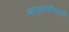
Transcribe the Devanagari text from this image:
माणुसकीसाठी